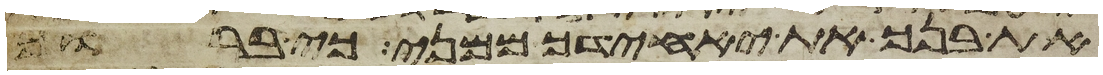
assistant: את בנך את יחידך ממני כי ברוך